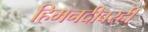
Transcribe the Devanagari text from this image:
हिमनदीवरही